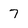
Character: 7